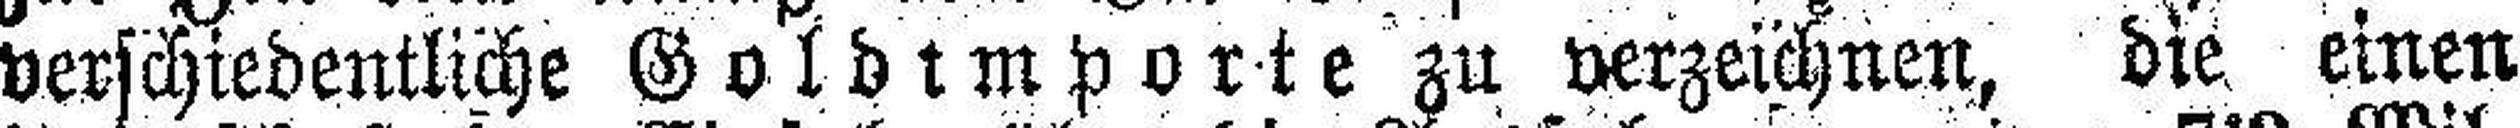
verschiedentliche Goldimporte zu verzeichnen, die einen